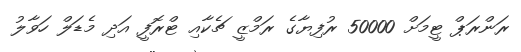
ރަންރަޕް ޓީމަށް 50000 ރުފިޔާގެ ރަމްޒީ ޗެކާއި ޓްރޮފީ އަދި މެޑަލް ހަވާލު